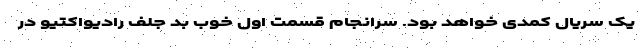
یک سریال کمدی خواهد بود. سرانجام قسمت اول خوب بد جلف رادیواکتیو در